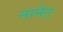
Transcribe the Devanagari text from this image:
नानेट